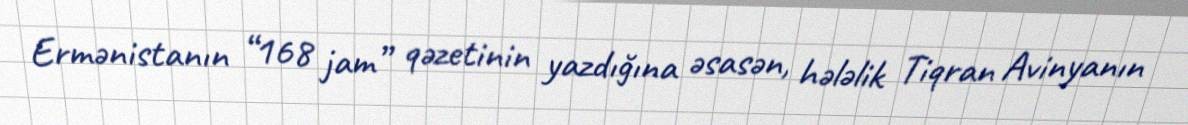
Ermənistanın “168 jam” qəzetinin yazdığına əsasən, hələlik Tiqran Avinyanın